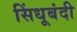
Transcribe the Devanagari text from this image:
सिंधूबंदी